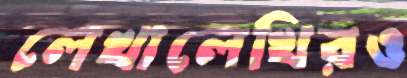
লেখালেখিরও